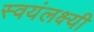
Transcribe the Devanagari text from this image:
स्वयंलक्ष्यी